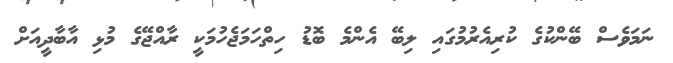
ނަމަވެސް ބޭންކުގެ ކުރިއެރުމުގައި ލިބޭ އެންމެ ބޮޑު ހިތްހަމަޖެހުމަކީ ރާއްޖޭގެ މުޅި އާބާދީއަށް